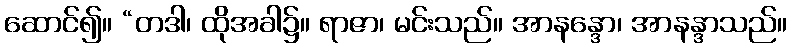
ဆောင်၍။ “တဒါ၊ ထိုအခါ၌။ ရာဇာ၊ မင်းသည်။ အာနန္ဒော၊ အာနန္ဒာသည်။